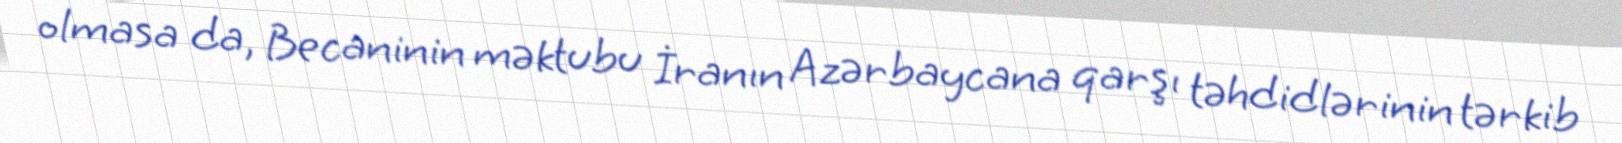
olmasa da, Becaninin məktubu İranın Azərbaycana qarşı təhdidlərinin tərkib